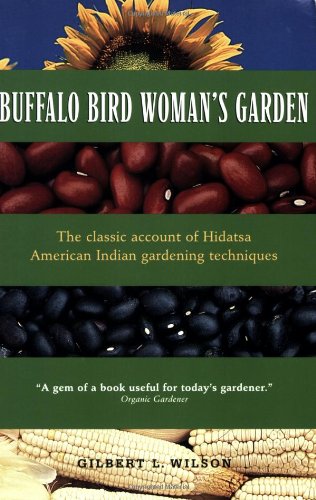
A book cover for Buffalo Bird Woman's Garden: Agriculture of the Hidatsa Indians (Borealis Books); Gilbert Wilson; Literature & Fiction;